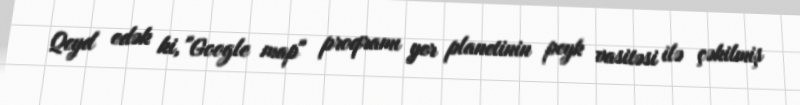
Qeyd edək ki, "Google map" proqramı yer planetinin peyk vasitəsi ilə çəkilmiş